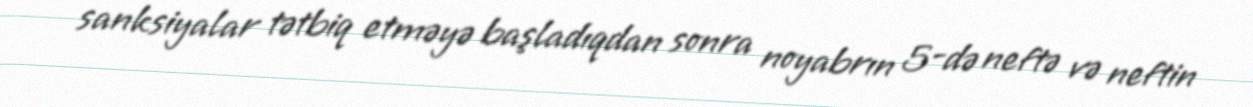
sanksiyalar tətbiq etməyə başladıqdan sonra noyabrın 5-də neftə və neftin